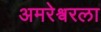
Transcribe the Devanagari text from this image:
अमरेश्वरला